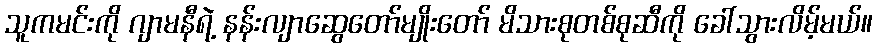
သူကမင်းကို ဂျာမနီရဲ့ နန်းလျာဆွေတော်မျိုးတော် မိသားစုတစ်စုဆီကို ခေါ်သွားလိမ့်မယ်။